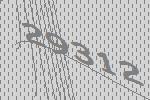
29312